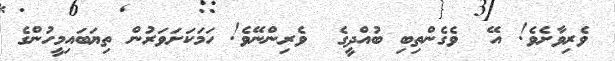
ވެރިވާށެވެ! އޭ  ވެގެންތިބި ބުއްދީގެ  ވެރިންނޭވެ! ހަމަކަށަވަރުން ތިޔަބައިމީހުންގެ